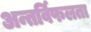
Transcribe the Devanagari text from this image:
अन्तर्विफलता